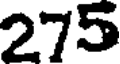
275